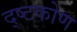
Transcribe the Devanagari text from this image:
द्ष्टकोण